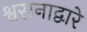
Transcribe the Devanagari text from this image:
श्वसनाद्वारे